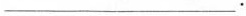
___.